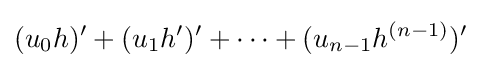
(u_{0}h)'+(u_{1}h')'+\dots +(u_{n-1}h^{(n-1)})'